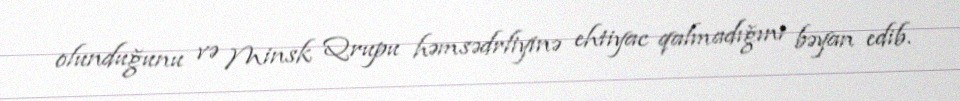
olunduğunu və Minsk Qrupu həmsədrliyinə ehtiyac qalmadığını bəyan edib.